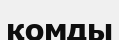
қомды